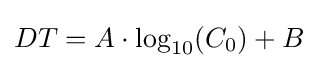
DT=A\cdot \log _{10}(C_{0})+B